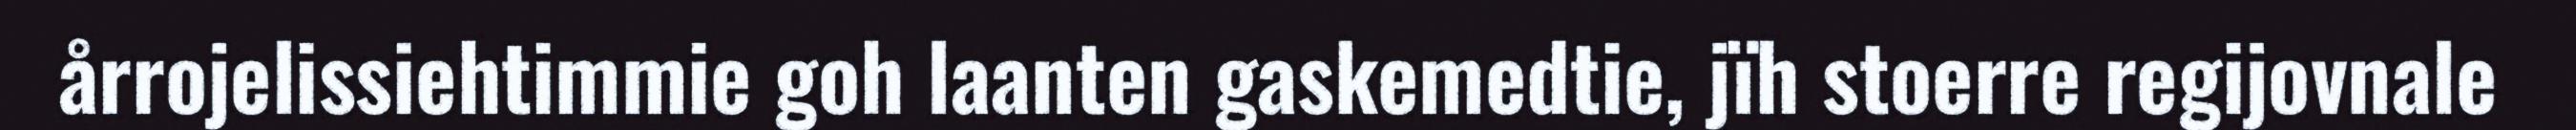
årrojelissiehtimmie goh laanten gaskemedtie, jïh stoerre regijovnale